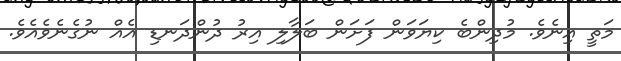
މަތީ އިނެވެ. މުދިންބެ ކިޔަވަން ފަށަން ބަލާލި އިރު ދުންދަނޑި އެއް ނުގެނެވެއެވެ.